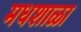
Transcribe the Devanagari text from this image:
मधशाळा